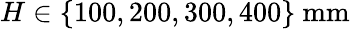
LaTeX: H\in\{ 100,200,300,400\} \ \mathrm{mm}